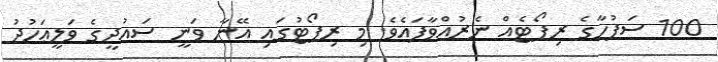
100 ސަފުހާގެ ރިޕޯޓެއް ނެރުއްވާފައެވެ. މި ރިޕޯޓުގައި އޭނާ ވަނީ ސައުދީގެ ވަލީޢަހުދު